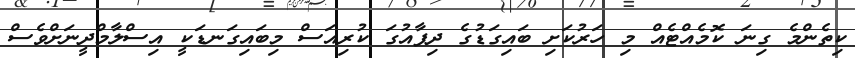
ކިތެންމެ ގިނަ ކޮމެއްޓެއް މި ހަރުކަށި ބައިގަޑުގެ ދިފާއުގަ ކުރިއަސް މިބައިގަނޑަކީ އިސްލާމްދީނަށްވެސް